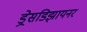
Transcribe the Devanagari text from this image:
ड्रेसडिझायनर